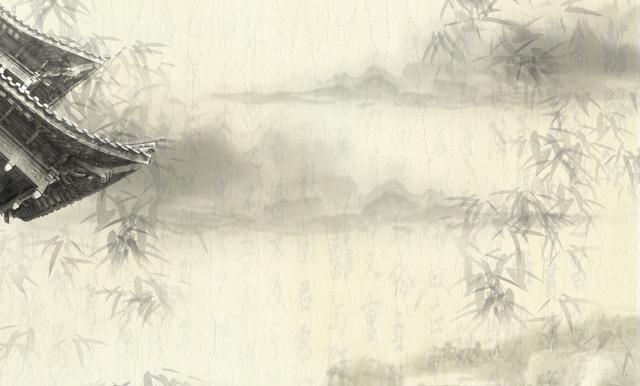
行人夜宿金陵渚，试听沙边有雁声。